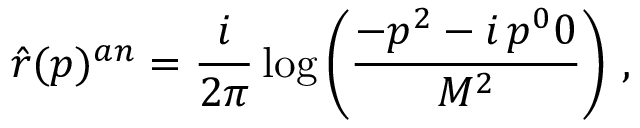
\hat { r } ( p ) ^ { a n } = \frac { i } { 2 \pi } \log \left( \frac { - p ^ { 2 } - i \, p ^ { 0 } 0 } { M ^ { 2 } } \right) \, ,